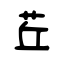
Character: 茊